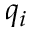
q _ { i }